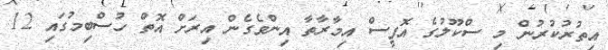
އިތުރުކުރުން މި ސްކޫލުގެ އޮފީސް އިމާރާތާ އިންވެގެން އިރަށް އޮތް ހުސްބިމުގައި 12